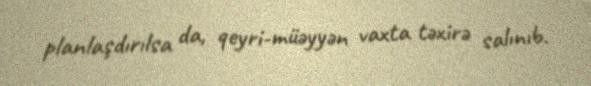
planlaşdırılsa da, qeyri-müəyyən vaxta təxirə salınıb.